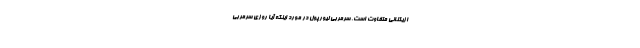
ازیکنانی متفاوت است. سرمربی لیورپول در مورد اینکه آیا روزی سرمربی